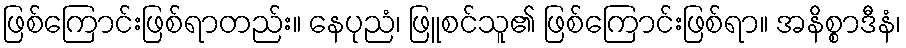
ဖြစ်ကြောင်းဖြစ်ရာတည်း။ နေပုညံ၊ ဖြူစင်သူ၏ ဖြစ်ကြောင်းဖြစ်ရာ။ အနိစ္စာဒီနံ၊